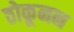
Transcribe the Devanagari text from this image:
ठोकूनन